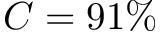
C = 9 1 \%